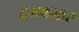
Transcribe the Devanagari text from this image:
दमककर